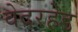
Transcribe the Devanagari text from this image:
वेदरहेड